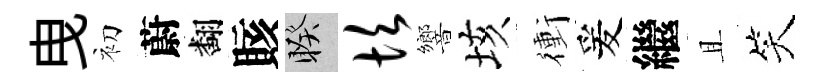
曳初蔚翻賅睽坎響垓衝爰繼且笑